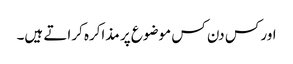
اور کس دن کس موضوع پر مذاکرہ کراتے ہیں۔